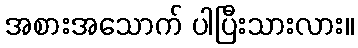
အစားအသောက် ပါပြီးသားလား။